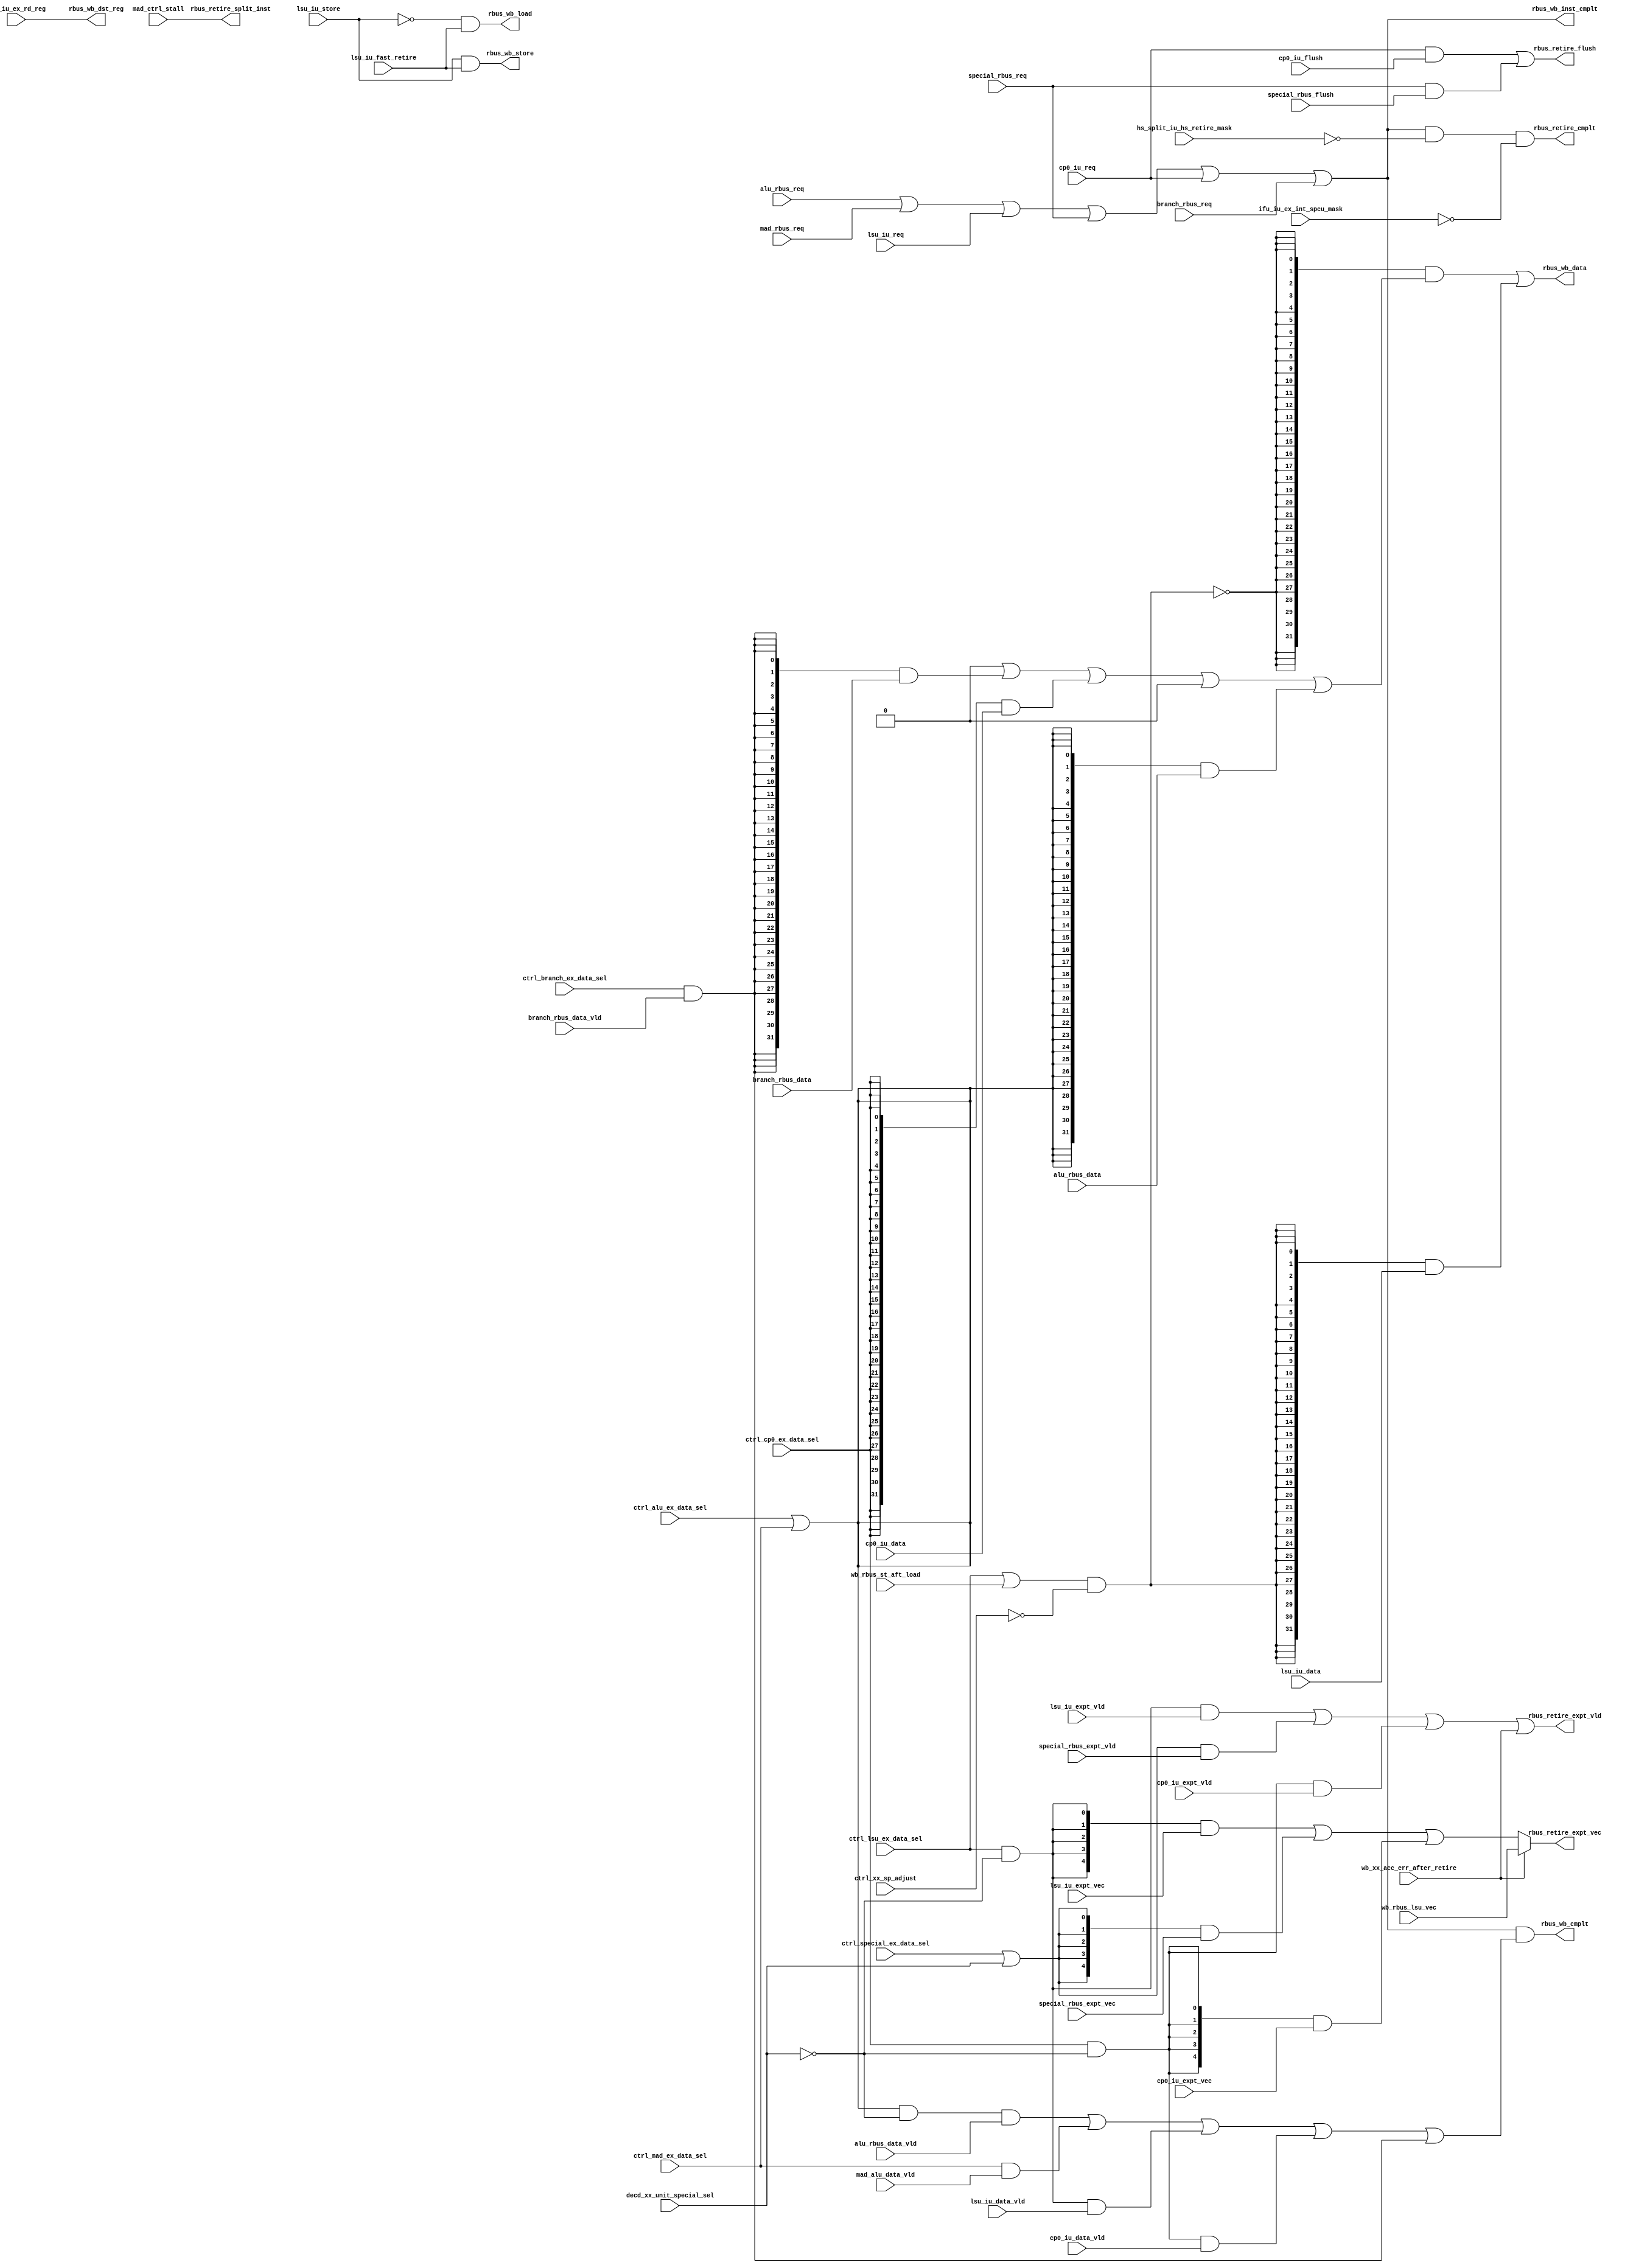
/*Copyright 2018-2021 T-Head Semiconductor Co., Ltd.

Licensed under the Apache License, Version 2.0 (the "License");
you may not use this file except in compliance with the License.
You may obtain a copy of the License at

    http://www.apache.org/licenses/LICENSE-2.0

Unless required by applicable law or agreed to in writing, software
distributed under the License is distributed on an "AS IS" BASIS,
WITHOUT WARRANTIES OR CONDITIONS OF ANY KIND, either express or implied.
See the License for the specific language governing permissions and
limitations under the License.
*/

// &ModuleBeg; @27
module cr_iu_rbus(
  alu_rbus_data,
  alu_rbus_data_vld,
  alu_rbus_req,
  branch_rbus_data,
  branch_rbus_data_vld,
  branch_rbus_req,
  cp0_iu_data,
  cp0_iu_data_vld,
  cp0_iu_expt_vec,
  cp0_iu_expt_vld,
  cp0_iu_flush,
  cp0_iu_req,
  ctrl_alu_ex_data_sel,
  ctrl_branch_ex_data_sel,
  ctrl_cp0_ex_data_sel,
  ctrl_lsu_ex_data_sel,
  ctrl_mad_ex_data_sel,
  ctrl_special_ex_data_sel,
  ctrl_xx_sp_adjust,
  decd_xx_unit_special_sel,
  hs_split_iu_hs_retire_mask,
  ifu_iu_ex_int_spcu_mask,
  ifu_iu_ex_rd_reg,
  lsu_iu_data,
  lsu_iu_data_vld,
  lsu_iu_expt_vec,
  lsu_iu_expt_vld,
  lsu_iu_fast_retire,
  lsu_iu_req,
  lsu_iu_store,
  mad_alu_data_vld,
  mad_ctrl_stall,
  mad_rbus_req,
  rbus_retire_cmplt,
  rbus_retire_expt_vec,
  rbus_retire_expt_vld,
  rbus_retire_flush,
  rbus_retire_split_inst,
  rbus_wb_cmplt,
  rbus_wb_data,
  rbus_wb_dst_reg,
  rbus_wb_inst_cmplt,
  rbus_wb_load,
  rbus_wb_store,
  special_rbus_expt_vec,
  special_rbus_expt_vld,
  special_rbus_flush,
  special_rbus_req,
  wb_rbus_lsu_vec,
  wb_rbus_st_aft_load,
  wb_xx_acc_err_after_retire
);

// &Ports; @28
input   [31:0]  alu_rbus_data;                   
input           alu_rbus_data_vld;               
input           alu_rbus_req;                    
input   [31:0]  branch_rbus_data;                
input           branch_rbus_data_vld;            
input           branch_rbus_req;                 
input   [31:0]  cp0_iu_data;                     
input           cp0_iu_data_vld;                 
input   [4 :0]  cp0_iu_expt_vec;                 
input           cp0_iu_expt_vld;                 
input           cp0_iu_flush;                    
input           cp0_iu_req;                      
input           ctrl_alu_ex_data_sel;            
input           ctrl_branch_ex_data_sel;         
input           ctrl_cp0_ex_data_sel;            
input           ctrl_lsu_ex_data_sel;            
input           ctrl_mad_ex_data_sel;            
input           ctrl_special_ex_data_sel;        
input           ctrl_xx_sp_adjust;               
input           decd_xx_unit_special_sel;        
input           hs_split_iu_hs_retire_mask;      
input           ifu_iu_ex_int_spcu_mask;         
input   [4 :0]  ifu_iu_ex_rd_reg;                
input   [31:0]  lsu_iu_data;                     
input           lsu_iu_data_vld;                 
input   [4 :0]  lsu_iu_expt_vec;                 
input           lsu_iu_expt_vld;                 
input           lsu_iu_fast_retire;              
input           lsu_iu_req;                      
input           lsu_iu_store;                    
input           mad_alu_data_vld;                
input           mad_ctrl_stall;                  
input           mad_rbus_req;                    
input   [4 :0]  special_rbus_expt_vec;           
input           special_rbus_expt_vld;           
input           special_rbus_flush;              
input           special_rbus_req;                
input   [4 :0]  wb_rbus_lsu_vec;                 
input           wb_rbus_st_aft_load;             
input           wb_xx_acc_err_after_retire;      
output          rbus_retire_cmplt;               
output  [4 :0]  rbus_retire_expt_vec;            
output          rbus_retire_expt_vld;            
output          rbus_retire_flush;               
output          rbus_retire_split_inst;          
output          rbus_wb_cmplt;                   
output  [31:0]  rbus_wb_data;                    
output  [4 :0]  rbus_wb_dst_reg;                 
output          rbus_wb_inst_cmplt;              
output          rbus_wb_load;                    
output          rbus_wb_store;                   

// &Regs; @29

// &Wires; @30
wire            alu_data_sel;                    
wire    [31:0]  alu_rbus_data;                   
wire            alu_rbus_data_vld;               
wire            alu_rbus_req;                    
wire            alu_sel;                         
wire            bctm_rbus_flush;                 
wire            bctm_rbus_req;                   
wire    [31:0]  bctm_rbus_wb_data;               
wire    [4 :0]  bctm_rbus_wb_reg;                
wire            bctm_rbus_wb_vld;                
wire    [31:0]  branch_rbus_data;                
wire            branch_rbus_data_vld;            
wire            branch_rbus_req;                 
wire            branch_sel;                      
wire    [31:0]  cp0_iu_data;                     
wire            cp0_iu_data_vld;                 
wire    [4 :0]  cp0_iu_expt_vec;                 
wire            cp0_iu_expt_vld;                 
wire            cp0_iu_flush;                    
wire            cp0_iu_req;                      
wire            cp0_sel;                         
wire            ctrl_alu_ex_data_sel;            
wire            ctrl_branch_ex_data_sel;         
wire            ctrl_cp0_ex_data_sel;            
wire            ctrl_lsu_ex_data_sel;            
wire            ctrl_mad_ex_data_sel;            
wire            ctrl_special_ex_data_sel;        
wire            ctrl_xx_sp_adjust;               
wire            decd_xx_unit_special_sel;        
wire            hs_split_iu_hs_retire_mask;      
wire            ifu_iu_ex_int_spcu_mask;         
wire    [4 :0]  ifu_iu_ex_rd_reg;                
wire    [31:0]  lsu_iu_data;                     
wire            lsu_iu_data_vld;                 
wire    [4 :0]  lsu_iu_expt_vec;                 
wire            lsu_iu_expt_vld;                 
wire            lsu_iu_fast_retire;              
wire            lsu_iu_flush;                    
wire            lsu_iu_req;                      
wire            lsu_iu_store;                    
wire            lsu_sel;                         
wire            mad_alu_data_vld;                
wire    [31:0]  mad_alu_rbus_data;               
wire            mad_ctrl_stall;                  
wire            mad_data_sel;                    
wire            mad_rbus_req;                    
wire            mad_sel;                         
wire            prgsign_rbus_req;                
wire            prgsign_rbus_secure_violation;   
wire            rbus_cmplt;                      
wire    [31:0]  rbus_data;                       
wire    [31:0]  rbus_data_expt_lsu;              
wire    [31:0]  rbus_data_expt_lsu_without_pol;  
wire            rbus_data_sel_alu;               
wire            rbus_data_sel_branch;            
wire            rbus_data_sel_cp0;               
wire            rbus_data_sel_lsu;               
wire            rbus_data_sel_mad;               
wire            rbus_retire_cmplt;               
wire            rbus_retire_data_vld;            
wire    [4 :0]  rbus_retire_expt_vec;            
wire    [4 :0]  rbus_retire_expt_vec_aft_prgsign; 
wire    [4 :0]  rbus_retire_expt_vec_pre;        
wire            rbus_retire_expt_vld;            
wire            rbus_retire_expt_vld_pre;        
wire            rbus_retire_flush;               
wire            rbus_retire_split_inst;          
wire            rbus_wb_cmplt;                   
wire    [31:0]  rbus_wb_data;                    
wire    [4 :0]  rbus_wb_dst_reg;                 
wire            rbus_wb_inst_cmplt;              
wire            rbus_wb_load;                    
wire            rbus_wb_store;                   
wire            rbus_write_back_cmplt;           
wire    [4 :0]  special_rbus_expt_vec;           
wire            special_rbus_expt_vld;           
wire            special_rbus_flush;              
wire            special_rbus_req;                
wire            special_sel;                     
wire    [4 :0]  wb_rbus_lsu_vec;                 
wire            wb_rbus_st_aft_load;             
wire            wb_xx_acc_err_after_retire;      


//==========================================================
//                   Complete Signals
//==========================================================
assign bctm_rbus_req           = 1'b0;
assign bctm_rbus_flush         = 1'b0;
assign bctm_rbus_wb_vld        = 1'b0;
assign bctm_rbus_wb_data[31:0] = 32'b0;
assign bctm_rbus_wb_reg[4:0]   = 5'b0;
assign lsu_iu_flush            = 1'b0;
assign branch_sel  = ctrl_branch_ex_data_sel;//  && !decd_xx_unit_special_sel;
assign cp0_sel     = ctrl_cp0_ex_data_sel     && !decd_xx_unit_special_sel;
assign special_sel = ctrl_special_ex_data_sel ||  decd_xx_unit_special_sel;
assign lsu_sel     = ctrl_lsu_ex_data_sel     && !decd_xx_unit_special_sel;
//when SMALL MULT, ALU and MAD share the same result bus data path in ALU
assign alu_sel     = (ctrl_alu_ex_data_sel || ctrl_mad_ex_data_sel) && !decd_xx_unit_special_sel;
assign alu_data_sel=  ctrl_alu_ex_data_sel || ctrl_mad_ex_data_sel;
assign mad_sel     = ctrl_mad_ex_data_sel;
assign mad_data_sel= 1'b0;
assign mad_alu_rbus_data[31:0] = 32'b0;

//assign req_bus[6:0] = {bctm_sel, branch_sel, cp0_sel, special_sel,
//                       lsu_sel,  mad_sel,    alu_sel}; 
assign prgsign_rbus_req = 1'b0;
assign prgsign_rbus_secure_violation = 1'b0;
assign rbus_cmplt = alu_rbus_req    || mad_rbus_req 
                 || lsu_iu_req      || special_rbus_req
                 || cp0_iu_req      || branch_rbus_req 
                 || bctm_rbus_req   || prgsign_rbus_req; 

assign rbus_retire_cmplt = rbus_cmplt && !hs_split_iu_hs_retire_mask
                                      && !ifu_iu_ex_int_spcu_mask;

//==========================================================
//                      Result Bus
//==========================================================
//-----------------------------------------------------
//                       Flush
//-----------------------------------------------------
assign rbus_retire_flush = //branch_rbus_req && branch_rbus_flush
                           cp0_iu_req      && cp0_iu_flush
                        || bctm_rbus_req   && bctm_rbus_flush
                        || special_rbus_req && special_rbus_flush
                        || lsu_iu_req      && lsu_iu_flush;


//-----------------------------------------------------
//                  Write back data
//-----------------------------------------------------
//the data sel signal need not to see !special sel
//bcz special unit doesn't have write data
assign rbus_data_sel_branch = ctrl_branch_ex_data_sel 
                           && branch_rbus_data_vld    && !bctm_rbus_wb_vld;
assign rbus_data_sel_cp0    = ctrl_cp0_ex_data_sel    && !bctm_rbus_wb_vld;
assign rbus_data_sel_mad    = mad_data_sel            && !bctm_rbus_wb_vld;
assign rbus_data_sel_alu    = alu_data_sel            && !bctm_rbus_wb_vld;

// &Force("nonport", "rbus_data_sel_branch"); @95
// &Force("nonport", "rbus_data_sel_cp0"); @96
// &Force("nonport", "rbus_data_sel_mad"); @97
// &Force("nonport", "rbus_data_sel_alu"); @98
// &Force("nonport", "rbus_data_sel_lsu"); @99
assign rbus_data_expt_lsu_without_pol[31:0] = 
                                  {32{bctm_rbus_wb_vld}}     & bctm_rbus_wb_data[31:0]
                                | {32{rbus_data_sel_branch}} & branch_rbus_data[31:0]
                                | {32{rbus_data_sel_cp0}}    & cp0_iu_data[31:0]
                                | {32{rbus_data_sel_mad}}    & mad_alu_rbus_data[31:0]
                                | {32{rbus_data_sel_alu}}    & alu_rbus_data[31:0];
assign rbus_data[31:0] = {32{!rbus_data_sel_lsu}} & rbus_data_expt_lsu[31:0]
                       | {32{rbus_data_sel_lsu}}  & lsu_iu_data[31:0];

assign rbus_data_expt_lsu[31:0] = rbus_data_expt_lsu_without_pol[31:0];

assign rbus_data_sel_lsu = (ctrl_lsu_ex_data_sel || wb_rbus_st_aft_load)
                           && !bctm_rbus_wb_vld && !ctrl_xx_sp_adjust;



//-----------------------------------------------------
//         Other write back signals and exception
//-----------------------------------------------------
//special and bctm have no data vld
assign rbus_retire_data_vld = alu_sel    && alu_rbus_data_vld
                           || mad_sel    && mad_alu_data_vld
                           || lsu_sel    && lsu_iu_data_vld
                           || cp0_sel    && cp0_iu_data_vld
                           || branch_sel && branch_rbus_data_vld;
                            
//alu mad branch bctm have no expt info
assign rbus_retire_expt_vld_pre = lsu_sel     && lsu_iu_expt_vld
                               || special_sel && special_rbus_expt_vld
                               || cp0_sel     && cp0_iu_expt_vld;

assign rbus_retire_expt_vec_pre[4:0] = {5{lsu_sel}}     & lsu_iu_expt_vec[4:0]
                                     | {5{special_sel}} & special_rbus_expt_vec[4:0]
                                     | {5{cp0_sel}}     & cp0_iu_expt_vec[4:0];

//when the fast retired ls st come back with acc_err
assign rbus_retire_expt_vld = rbus_retire_expt_vld_pre || wb_xx_acc_err_after_retire
                              || prgsign_rbus_secure_violation;
assign rbus_retire_expt_vec_aft_prgsign[4:0] = prgsign_rbus_secure_violation
                                                ? 5'b01000
                                                : rbus_retire_expt_vec_pre[4:0];
assign rbus_retire_expt_vec[4:0] = wb_xx_acc_err_after_retire
                                        ? wb_rbus_lsu_vec[4:0]
                                        : rbus_retire_expt_vec_aft_prgsign[4:0];

//-----------------------------------------------------
//        Destination register index and other
//-----------------------------------------------------
assign rbus_retire_split_inst   = mad_ctrl_stall;

//==========================================================
//            Complete and write back signals
//                 for Write back buffer
//==========================================================
//-----------------------------------------------------
//                Write back data and index
//-----------------------------------------------------
//the next cycle after retire of check failed instruction,
//bctm need to borrow write back data path to write next pc
//into link register
assign rbus_wb_dst_reg[4:0]        = (bctm_rbus_wb_vld)
                                     ? bctm_rbus_wb_reg[4:0]
                                     : ifu_iu_ex_rd_reg[4:0];

assign rbus_wb_data[31:0]          =  rbus_data[31:0];

//-----------------------------------------------------
//           Complete/Write back valid signals
//-----------------------------------------------------
//signal for write back buffer
//the complete write instructions include complete load and
//other instruction needs to write back to GPR
assign rbus_write_back_cmplt = rbus_cmplt && rbus_retire_data_vld;
                                         // && !lsu_iu_fast_retire;
//the uncomplete load and store
assign rbus_wb_load          = !lsu_iu_store
                                          && lsu_iu_fast_retire;
assign rbus_wb_store         = lsu_iu_store
                                          && lsu_iu_fast_retire;

//the next cycle after retire of check failed instruction,
//bctm need to borrow write back data path to write next pc
//into link register
assign rbus_wb_cmplt         = rbus_write_back_cmplt || bctm_rbus_wb_vld;
assign rbus_wb_inst_cmplt    = rbus_cmplt;

// &ModuleEnd; @225
endmodule